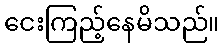
ငေးကြည့်နေမိသည်။